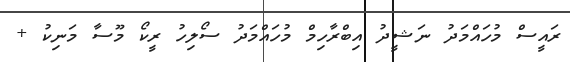
ރައީސް މުހައްމަދު ނަޝީދު އިބްރާހިމް މުހައްމަދު ސޯލިހު ރީކޯ މޫސާ މަނިކު +